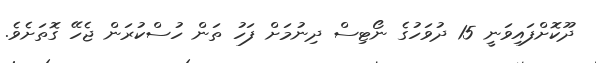
ދޫކޮށްފައިވަނީ 15 ދުވަހުގެ ނޯޓިސް ދިނުމަށް ފަހު ތަން ހުސްކުރަން ޖެހޭ ގޮތަށެވެ.